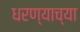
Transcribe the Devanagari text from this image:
धरण्याच्या